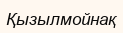
Қызылмойнақ